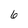
Character: 6